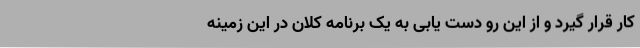
کار قرار گیرد و از این رو دست یابی به یک برنامه کلان در این زمینه